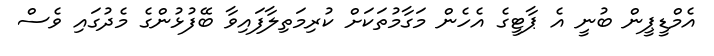
އެމްޑީޕީން ބުނީ އެ ޕާޓީގެ އެހެން މަގާމުތަކަށް ކުރިމަތިލާފައިވާ ބޭފުޅުންގެ މެދުގައި ވެސް